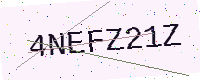
Text: 4NEFZ21Z